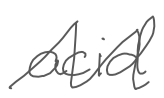
Text: acid
Cross-out: zig-zag
Writing tool: digital_gray